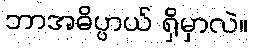
ဘာအဓိပ္ပာယ် ရှိမှာလဲ။